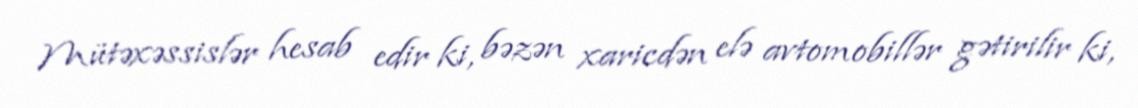
Mütəxəssislər hesab edir ki, bəzən xaricdən elə avtomobillər gətirilir ki,